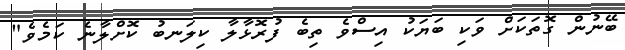
ބޭނުން ގޮތަކަށް ވަކި ބަޔަކު އިސްވެ ތިބެ ފުރޮޅާލާ ކިލަނބު ކޮށްލާނެ ކަމެވެ"